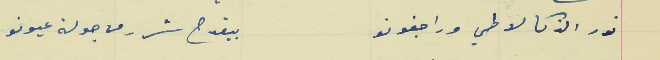
نور الذكا لاطي ورا جفونو                                           بيقدح شرر من جولة عيونو